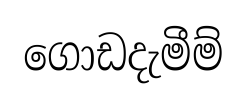
ගොඩදැමීම්